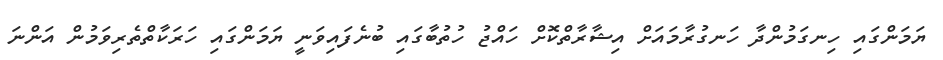
ޔަމަންގައި ހިނގަމުންދާ ހަނގުރާމައަށް އިޝާރާތްކޮށް ހައްޖު ހުތުބާގައި ބުނެފައިވަނީ ޔަމަންގައި ހަރަކާތްތެރިވަމުން އަންނަ